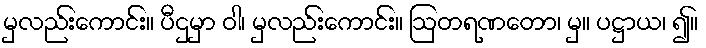
မှလည်းကောင်း။ ပီဌမှာ ဝါ၊ မှလည်းကောင်း။ ဩတရဏတော၊ မှ။ ပဋ္ဌာယ၊ ၍။